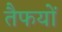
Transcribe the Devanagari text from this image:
तैफयों